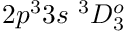
{ 2 p ^ { 3 } 3 s ~ ^ { 3 } D _ { 3 } ^ { o } }